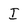
Character: I